Civil Veterinary Department. Central Provinces & Berar 1925-31 - 1925-1931
Year: 1925
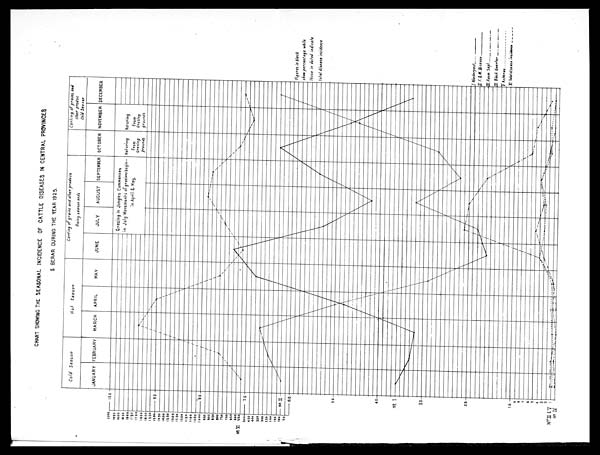
CHART SHOWING THE SEASONAL INCIDENCE OF CATTLE DISEASES IN CENTRAL PROVINCES
& BERAR DURING THE YEAR 1925.